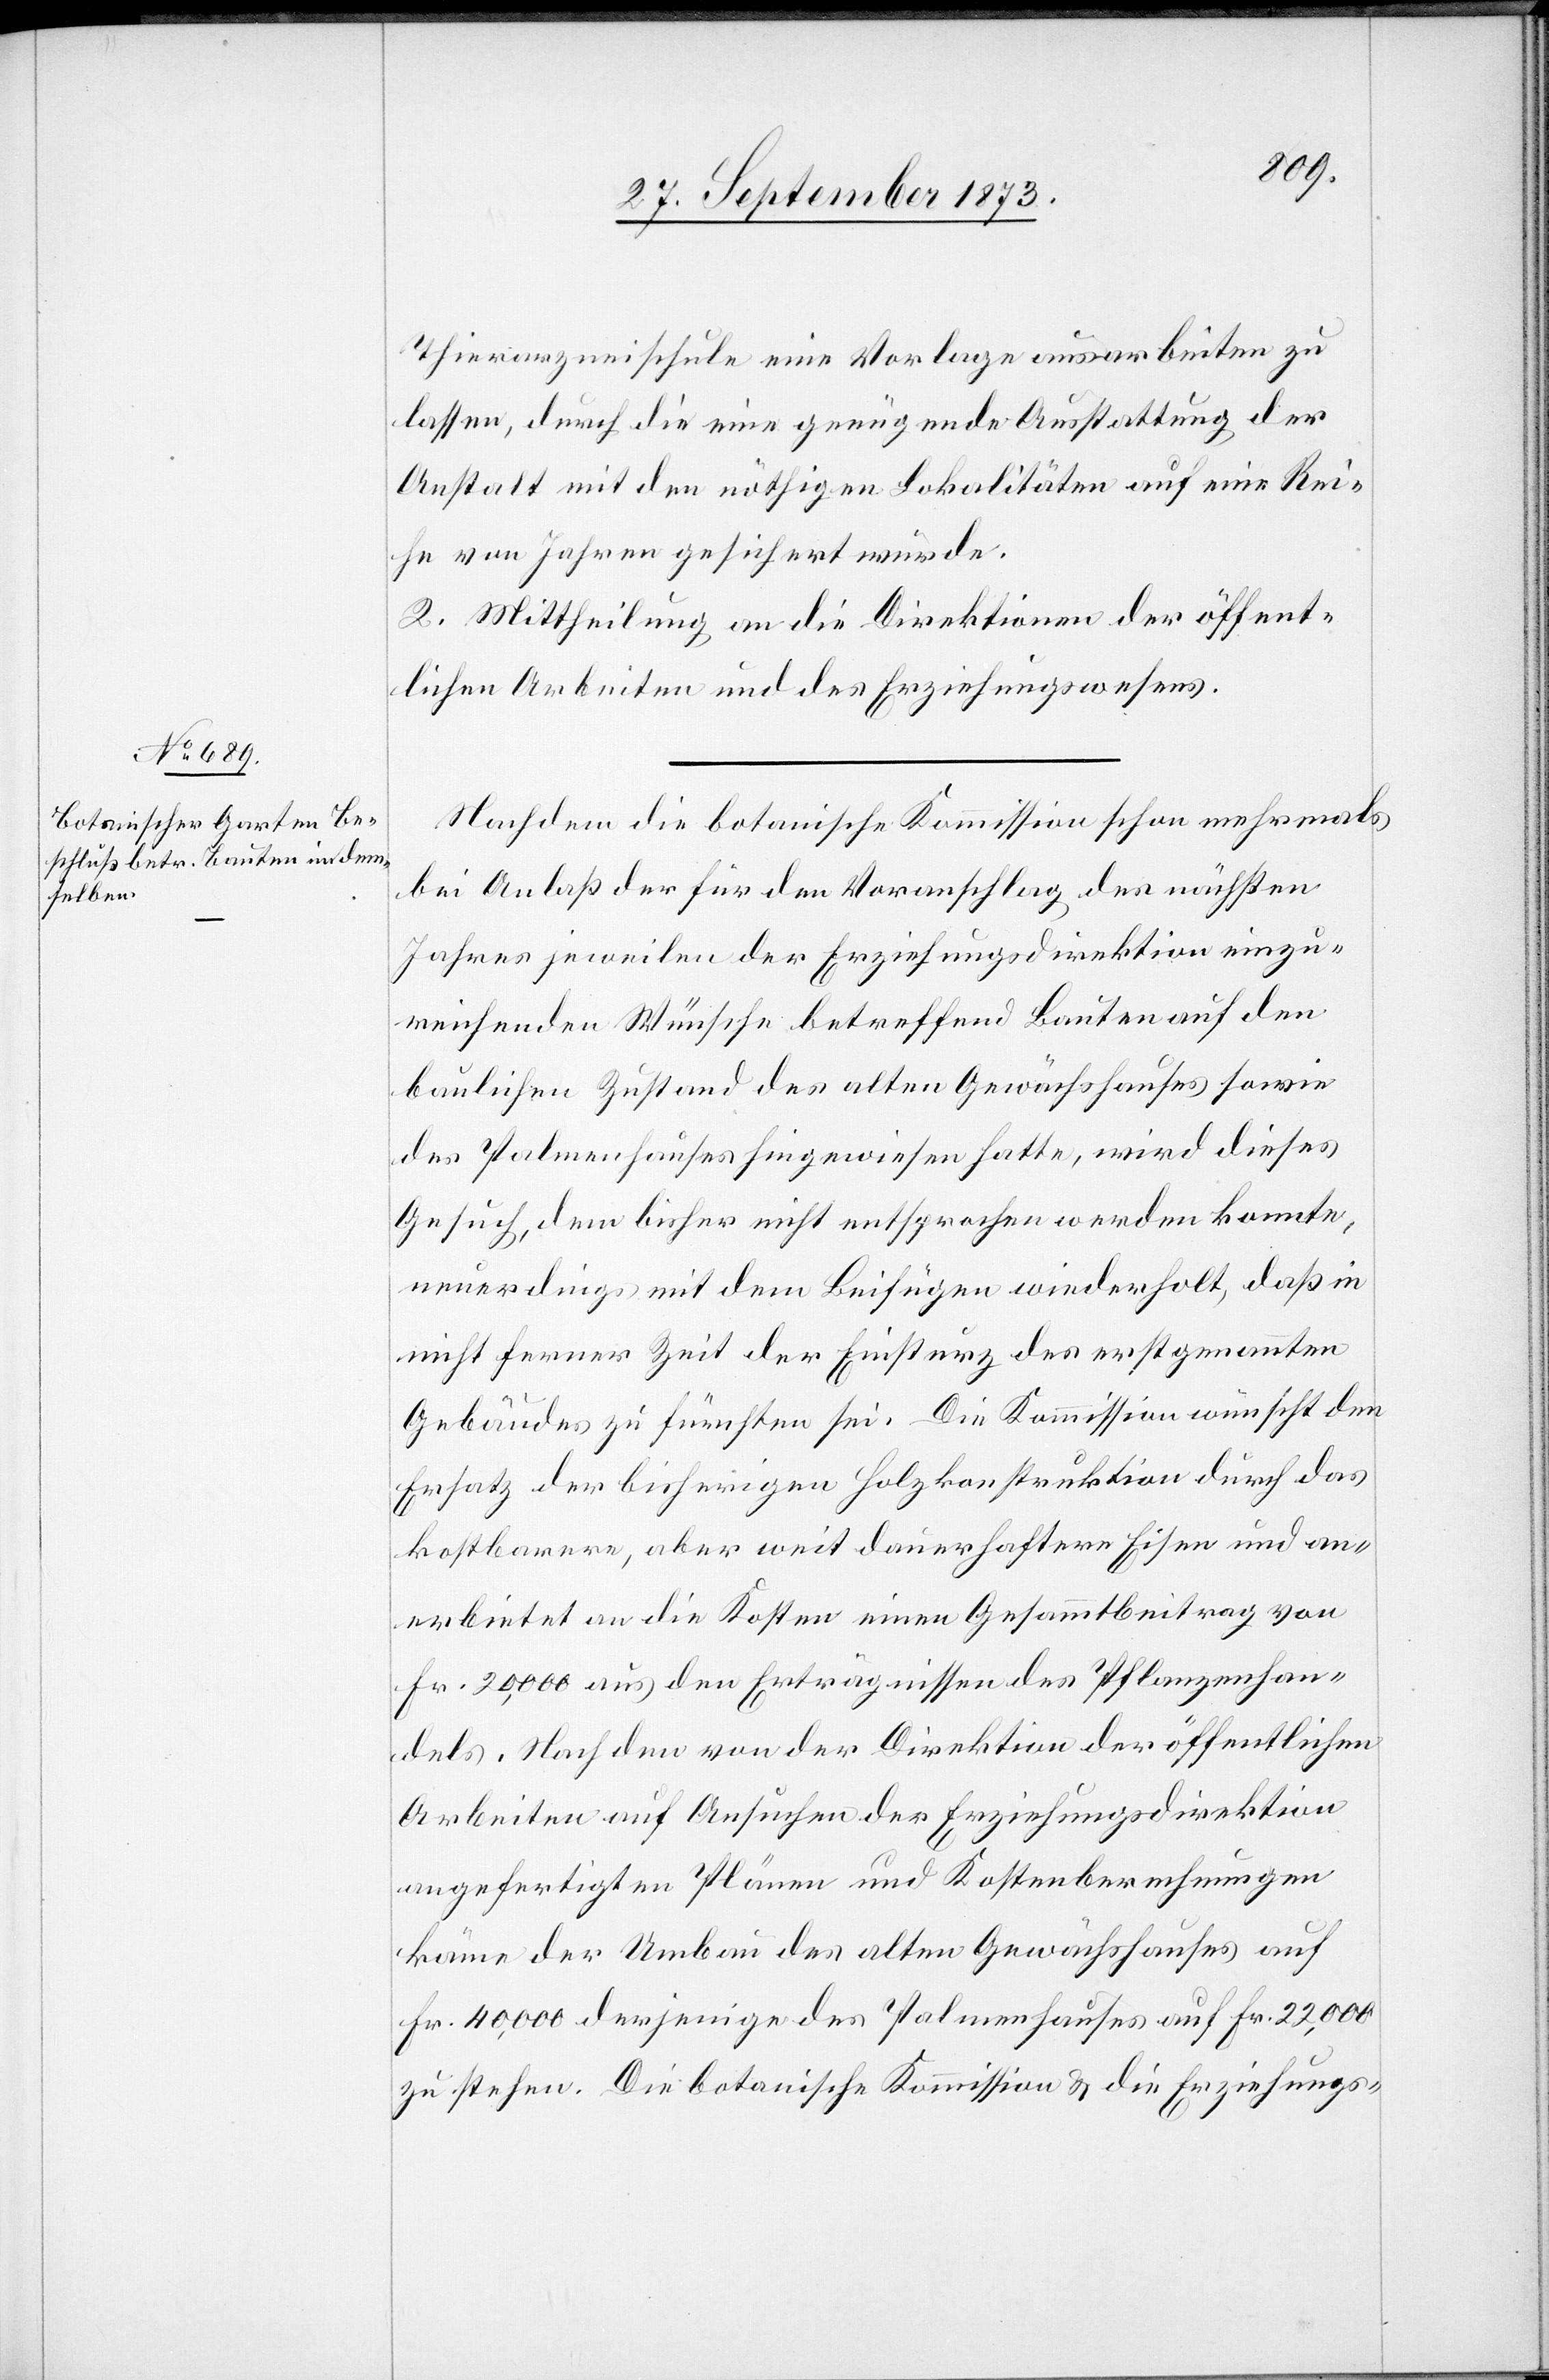
Thierarzneischule eine Vorlage ausarbeiten zu
lassen, durch die eine genügende Ausstattung der
Anstalt mit den nöthigen Lokalitäten auf eine Rei¬
he von Jahren gesichert würde.
2. Mittheilung an die Direktionen der öffent¬
lichen Arbeiten und des Erziehungswesens.
Nachdem die botanische Kommission schon mehrmals
bei Anlaß der für den Voranschlag des nächsten
Jahres jeweilen der Erziehungsdirektion einzu¬
reichenden Wünsche betreffend Bauten auf den
baulichen Zustand des alten Gewächshauses sowie
des Palmenhauses hingewiesen hatte, wird dieses
Gesuch, dem bisher nicht entsprochen werden konnte,
neuerdings mit dem Beifügen wiederholt, daß in
nicht ferner Zeit der Einsturz des erstgenannten
Gebäudes zu fürchten sei. Die Kommission wünscht den
Ersatz der bisherigen Holzkonstruktion durch das
kostbarere, aber weit dauerhaftere Eisen und an¬
erbietet an die Kosten einen Gesammtbeitrag von
Fr. 20,000 aus den Erträgnissen des Pflanzenhan¬
dels. Nach den von der Direktion der öffentlichen
Arbeiten auf Ansuchen der Erziehungsdirektion
angefertigten Plänen und Kostenberechnungen
käme der Umbau des alten Gewächshauses auf
Fr. 40,000[,] derjenige des Palmenhauses auf Fr. 22,000
zu stehen. Die botanische Kommission & die Erziehungs-